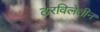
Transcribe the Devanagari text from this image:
ठरविलेतीन